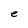
Character: e